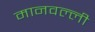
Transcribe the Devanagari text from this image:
मानवल्ली